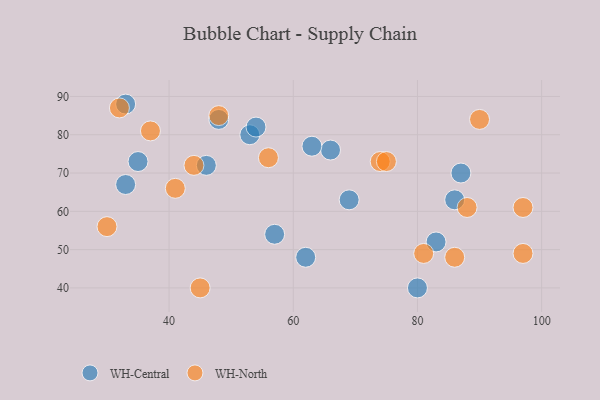
{"axis": {"x": "GDP", "y": "Life Expectancy"}, "legend": ["WH-Central", "WH-North"], "data": [{"x": "69", "y": 63, "type": "WH-Central"}, {"x": "46", "y": 72, "type": "WH-Central"}, {"x": "80", "y": 40, "type": "WH-Central"}, {"x": "53", "y": 80, "type": "WH-Central"}, {"x": "35", "y": 73, "type": "WH-Central"}, {"x": "48", "y": 84, "type": "WH-Central"}, {"x": "87", "y": 70, "type": "WH-Central"}, {"x": "33", "y": 67, "type": "WH-Central"}, {"x": "66", "y": 76, "type": "WH-Central"}, {"x": "62", "y": 48, "type": "WH-Central"}, {"x": "54", "y": 82, "type": "WH-Central"}, {"x": "33", "y": 88, "type": "WH-Central"}, {"x": "57", "y": 54, "type": "WH-Central"}, {"x": "83", "y": 52, "type": "WH-Central"}, {"x": "86", "y": 63, "type": "WH-Central"}, {"x": "63", "y": 77, "type": "WH-Central"}, {"x": "30", "y": 56, "type": "WH-North"}, {"x": "37", "y": 81, "type": "WH-North"}, {"x": "74", "y": 73, "type": "WH-North"}, {"x": "97", "y": 61, "type": "WH-North"}, {"x": "41", "y": 66, "type": "WH-North"}, {"x": "86", "y": 48, "type": "WH-North"}, {"x": "45", "y": 40, "type": "WH-North"}, {"x": "32", "y": 87, "type": "WH-North"}, {"x": "56", "y": 74, "type": "WH-North"}, {"x": "44", "y": 72, "type": "WH-North"}, {"x": "81", "y": 49, "type": "WH-North"}, {"x": "90", "y": 84, "type": "WH-North"}, {"x": "97", "y": 49, "type": "WH-North"}, {"x": "88", "y": 61, "type": "WH-North"}, {"x": "48", "y": 85, "type": "WH-North"}, {"x": "75", "y": 73, "type": "WH-North"}]}